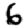
Digit: 6